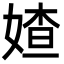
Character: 㜁